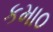
કમા૦